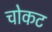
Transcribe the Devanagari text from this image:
चोकट